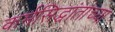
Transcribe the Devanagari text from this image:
कर्मसिद्धांताच्या